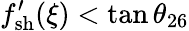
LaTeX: f_{\mathrm{{sh}}}^{\prime}(\xi)<\tan\theta_{26}